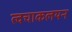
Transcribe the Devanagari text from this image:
त्वचाकलयन